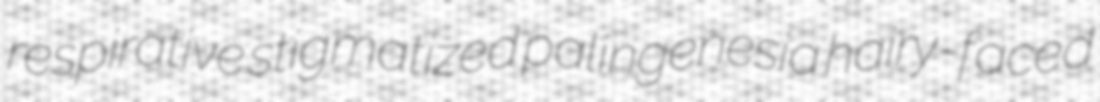
respirative stigmatized palingenesia hairy-faced